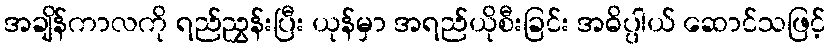
အချိန်ကာလကို ရည်ညွှန်းပြီး ယုန်မှာ အရည်ယိုစီးခြင်း အဓိပ္ပါယ် ဆောင်သဖြင့်